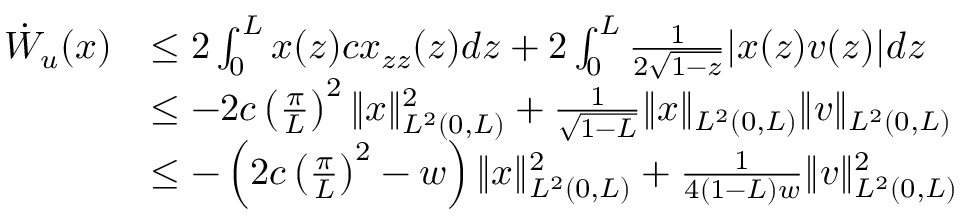
\begin{array} { r l } { \dot { W } _ { u } ( x ) } & { \leq 2 \int _ { 0 } ^ { L } x ( z ) c x _ { z z } ( z ) d z + 2 \int _ { 0 } ^ { L } \frac { 1 } { 2 \sqrt { 1 - z } } | x ( z ) v ( z ) | d z } \\ & { \leq - 2 c \left( \frac { \pi } { L } \right) ^ { 2 } \| x \| _ { L ^ { 2 } ( 0 , L ) } ^ { 2 } + \frac { 1 } { \sqrt { 1 - L } } \| x \| _ { L ^ { 2 } ( 0 , L ) } \| v \| _ { L ^ { 2 } ( 0 , L ) } } \\ & { \leq - \left( 2 c \left( \frac { \pi } { L } \right) ^ { 2 } - w \right) \| x \| _ { L ^ { 2 } ( 0 , L ) } ^ { 2 } + \frac { 1 } { 4 ( 1 - L ) w } \| v \| _ { L ^ { 2 } ( 0 , L ) } ^ { 2 } } \end{array}